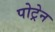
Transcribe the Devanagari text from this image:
पोट्रेन